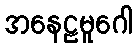
အနေဠမူဂေါ